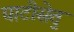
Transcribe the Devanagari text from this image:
घाटीसेतु